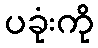
ပခုံးကို